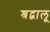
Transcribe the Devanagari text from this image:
श्रद्वालू